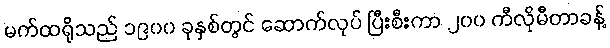
မက်ထရိုသည် ၁၉၀၀ ခုနှစ်တွင် ဆောက်လုပ် ပြီးစီးကာ ၂၀၀ ကီလိုမီတာခန့်